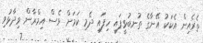
ތެރެއިން އެކަކު އޭނާގެ ތުނބުޅީފައި ހިފައި ދެމި ކަމަށް ވެސް އިމްރާން ވިދާޅުވި